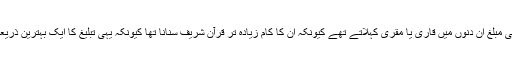
اسلامی مبلغ ان دنوں میں قاری یا مُقْرِی کہلاتے تھے کیونکہ ان کا کام زیادہ تر قرآن شریف سنانا تھا کیونکہ یہی تبلیغ کا ایک بہترین ذریعہ تھا۔